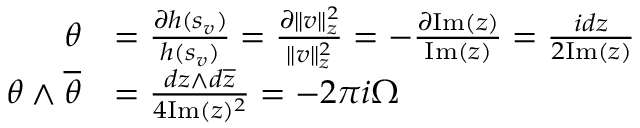
\begin{array} { r l } { \theta } & { = \frac { \partial h ( s _ { v } ) } { h ( s _ { v } ) } = \frac { \partial \| v \| _ { z } ^ { 2 } } { \| v \| _ { z } ^ { 2 } } = - \frac { \partial \mathrm { I m } ( z ) } { \mathrm { I m } ( z ) } = \frac { i d z } { 2 \mathrm { I m } ( z ) } } \\ { \theta \wedge \overline { { \theta } } } & { = \frac { d z \wedge d \overline { { z } } } { 4 \mathrm { I m } ( z ) ^ { 2 } } = - 2 \pi i \Omega } \end{array}